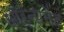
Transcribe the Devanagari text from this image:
ऑर्नामेंट